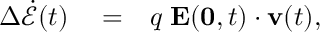
\begin{array} { r l r } { \Delta \dot { \mathcal { E } } ( t ) } & { { } = } & { q \; { \bf E } ( \mathbf { 0 } , t ) \cdot { \bf v } ( t ) , } \end{array}